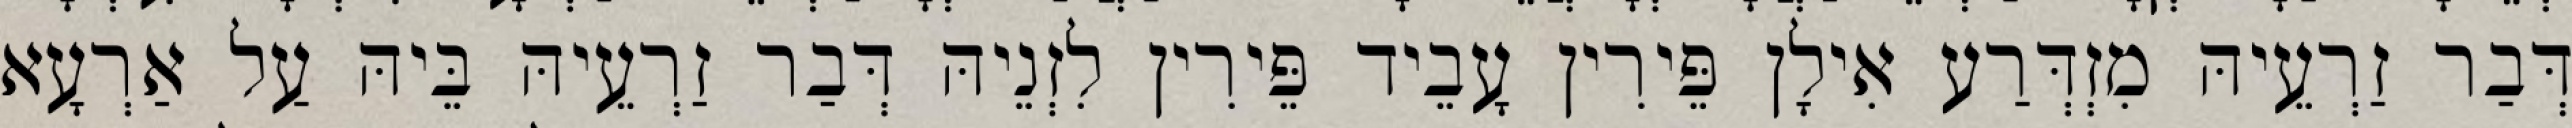
דְּבַר זַרְעֵיהּ מִזְדְּרַע אִילָן פֵּירִין עָבֵיד פֵּירִין לִזְנֵיהּ דְּבַר זַרְעֵיהּ בֵּיהּ עַל אַרְעָא